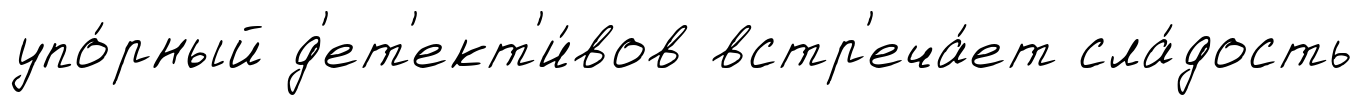
упо́рный д'ет'ект'и́вов встр'еча́ет сла́дость